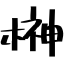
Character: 榊